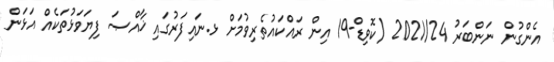
އެންގުން ނަންބަރު 2021/24 (ކޮވިޑް-19 އިން ރައްކައުތެރިވުމަށް ޅ.ނައިފަރުގައި ޚާއްޞަ ފިޔަވަޅުތަކެއް އަޅަން